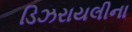
ડિઝરાયલીના